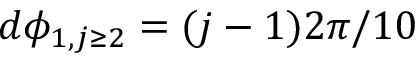
d \phi _ { 1 , j \geq 2 } = ( j - 1 ) 2 \pi / 1 0